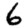
Digit: 6